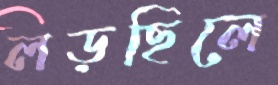
লড়ছিলে